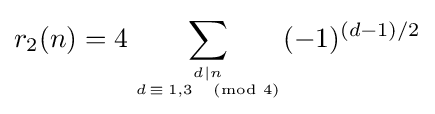
r_{2}(n)=4\sum _{d\mid n \atop d\,\equiv \,1,3{\pmod {4}}}(-1)^{(d-1)/2}